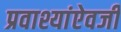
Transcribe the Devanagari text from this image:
प्रवाश्यांऐवजी